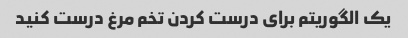
یک الگوریتم برای درست کردن تخم مرغ درست کنید